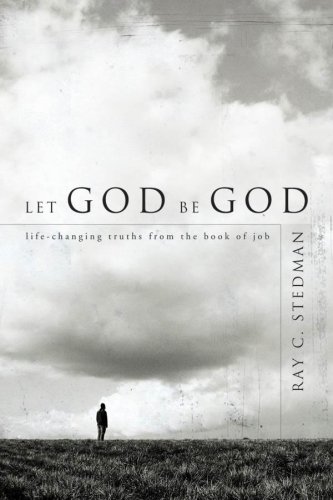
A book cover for Let God Be God: Life-Changing Truths from the Book of Job; Ray C. Stedman; Christian Books & Bibles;